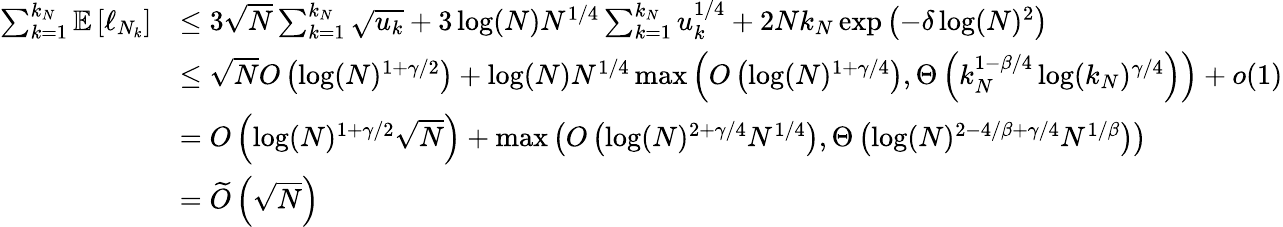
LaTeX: \begin{array}{rl}{\sum_{k=1}^{k_{N}}\mathbb{E}\left[\ell_{N_{k}}\right]}&{\leq 3\sqrt{N}\sum_{k=1}^{k_{N}}\sqrt{u_{k}}+3\log(N)N^{1/4}\sum_{k=1}^{k_{N}}u_{k}^{1/4}+2Nk_{N}\exp\left(-\delta\log(N)^{2}\right)}\\ &{\leq\sqrt{N}O\left(\log(N)^{1+\gamma/2}\right)+\log(N)N^{1/4}\operatorname*{max}\left(O\left(\log(N)^{1+\gamma/4}\right),\Theta\left(k_{N}^{1-\beta/4}\log(k_{N})^{\gamma/4}\right)\right)+o(1)}\\ &{=O\left(\log(N)^{1+\gamma/2}\sqrt{N}\right)+\operatorname*{max}\left(O\left(\log(N)^{2+\gamma/4}N^{1/4}\right),\Theta\left(\log(N)^{2-4/\beta+\gamma/4}N^{1/\beta}\right)\right)}\\ &{=\widetilde{O}\left(\sqrt{N}\right)}\end{array}